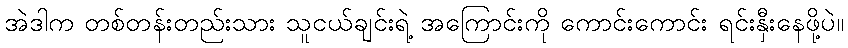
အဲဒါက တစ်တန်းတည်းသား သူငယ်ချင်းရဲ့ အကြောင်းကို ကောင်းကောင်း ရင်းနှီးနေဖို့ပဲ။